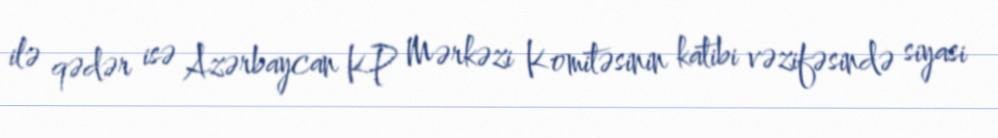
ilə qədər isə Azərbaycan KP Mərkəzi Komitəsinin katibi vəzifəsində siyasi